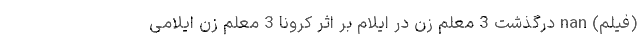
(فیلم) nan درگذشت 3 معلم زن در ایلام بر اثر کرونا 3 معلم زن ایلامی